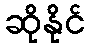
ဆိုနိုင်